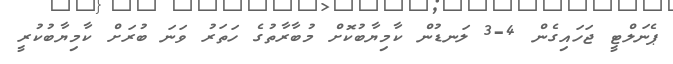
ޕެނަލްޓީ ޖަހައިގެން 4-3 ލަނޑުން ކާމިޔާބުކޮށް މުބާރާތުގެ ހަތަރު ވަނަ ބުރަށް ކާމިޔާބުކުރީ